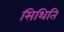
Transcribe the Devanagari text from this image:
सिथिति